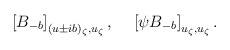
\begin{align*}\left[B_{-b}\right]_{(u\pm ib)_\zeta,u_\zeta},~~~ \left[\psi B_{-b}\right]_{u_\zeta,u_\zeta}.\end{align*}